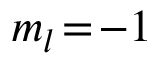
m _ { l } \! = \! - 1